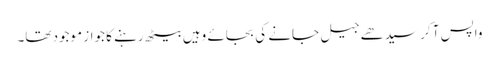
واپس آ کر سیدھے جیل جانے کی بجائے وہیں بیٹھ رہنے کا جواز موجود تھا۔